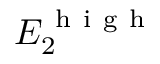
E _ { 2 } ^ { \mathrm { ~ h ~ i ~ g ~ h ~ } }